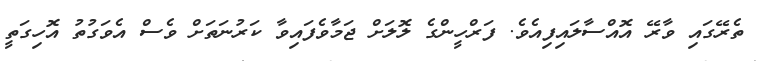
ތެރޭގައި ވާރޭ އޮއްސާލައިފިއެވެ. ފަރްހީންގެ ލޮލަށް ޖަމާވެފައިވާ ކަރުނަތަށް ވެސް އެވަގުތު އޮހިގަތީ